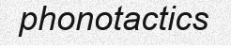
phonotactics